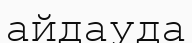
айдауда